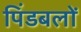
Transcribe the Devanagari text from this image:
पिंडबलों